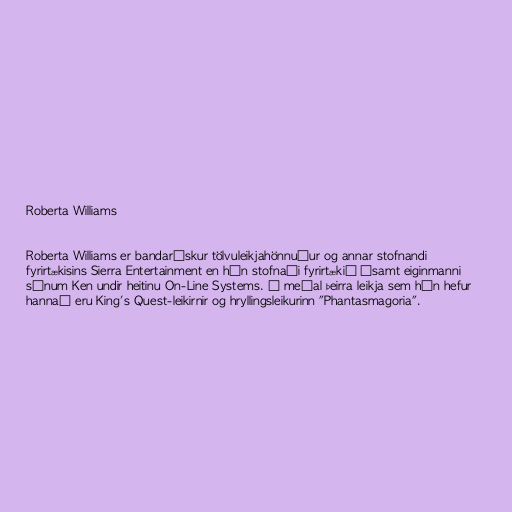
Roberta Williams

Roberta Williams er bandarískur tölvuleikjahönnuður og annar stofnandi
fyrirtækisins Sierra Entertainment en hún stofnaði fyrirtækið ásamt eiginmanni
sínum Ken undir heitinu On-Line Systems. Á meðal þeirra leikja sem hún hefur
hannað eru King's Quest-leikirnir og hryllingsleikurinn "Phantasmagoria".